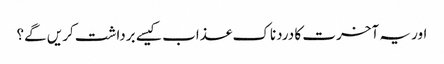
اور یہ آخرت کا دردناک عذاب کیسے برداشت کریں گے؟